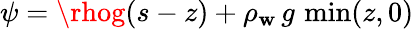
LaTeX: \psi=\rhog(s-z)+\rho_{\mathbf{w}}\, g\, \operatorname*{min}(z,0)